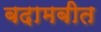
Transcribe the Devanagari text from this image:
बदामबीत